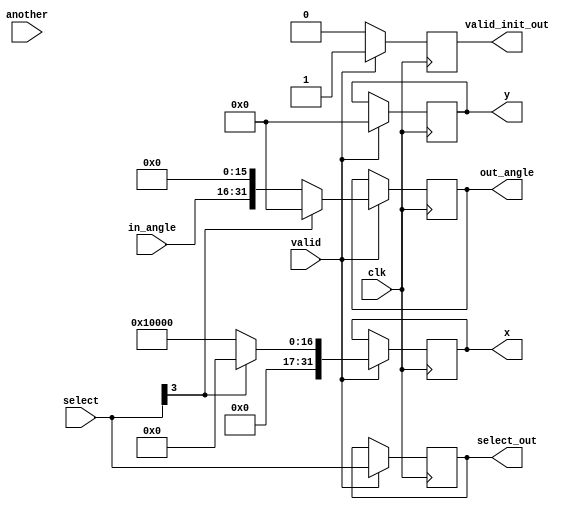
module init (
    input clk,
    input  [15:0] in_angle,
    input signed [15:0] another,
    input wire [3:0] select,
    input wire valid,

    output reg [31:0] x,
    output reg [31:0] y,
    output reg [31:0] out_angle,
    output reg [3:0] select_out,
    output reg valid_init_out
);

always @(posedge clk) begin
    if (valid)
        x <= select[3] ? {in_angle,{16{0}}} : 32'h00010000;
end

always @(posedge clk) begin
    if (valid)
        y <= select[3] ? {another,{16{0}}} :32'h00000000;
end 

always @(posedge clk) begin
    if (valid)
        out_angle <= select[3] ? 32'h00000000: {in_angle,{16'h0000}};
end

always @(posedge clk) begin
    if (valid)
        valid_init_out <= 1'b1;
    else
        valid_init_out <= 1'b0;
end

always @(posedge clk) begin
    if (valid)
        select_out <= select;
end

endmodule